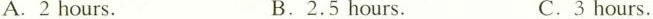
A. 2 hours.B.2.5 hours.C.3 hours.